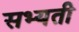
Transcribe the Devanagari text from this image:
सभ्यती